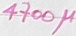
Text: 4700µ